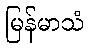
မြန်မာသံ